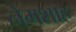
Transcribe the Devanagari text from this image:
नेमशाह